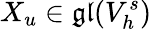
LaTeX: X_{u}\in\mathfrak{gl}(V_{h}^{s})